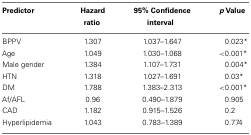
<table><thead><tr><td><b>Predictor</b></td><td><b>Hazard ratio</b></td><td><b>95% Confidence interval</b></td><td><b><i>p</i> Value</b></td></tr></thead><tbody><tr><td>BPPV</td><td>1.307</td><td>1.037–1.647</td><td>0.023*</td></tr><tr><td>Age</td><td>1.049</td><td>1.030–1.068</td><td>&lt;0.001*</td></tr><tr><td>Male gender</td><td>1.384</td><td>1.107–1.731</td><td>0.004*</td></tr><tr><td>HTN</td><td>1.318</td><td>1.027–1.691</td><td>0.03*</td></tr><tr><td>DM</td><td>1.788</td><td>1.383–2.313</td><td>&lt;0.001*</td></tr><tr><td>Af/AFL</td><td>0.96</td><td>0.490–1.879</td><td>0.905</td></tr><tr><td>CAD</td><td>1.182</td><td>0.915–1.526</td><td>0.2</td></tr><tr><td>Hyperlipidemia</td><td>1.043</td><td>0.783–1.389</td><td>0.774</td></tr></tbody></table>